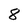
Character: 8